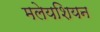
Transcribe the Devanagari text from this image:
मलेयशियन